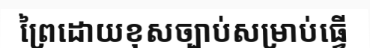
ព្រៃដោយខុសច្បាប់សម្រាប់ធ្វើ